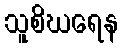
သူစိဃရေန